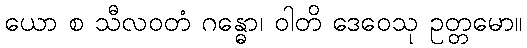
ယော စ သီလဝတံ ဂန္ဓော၊ ဝါတိ ဒေဝေသု ဥတ္တမော။